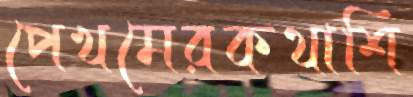
পেখমেরকথাশি